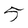
Character: 5